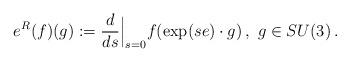
LaTeX: \begin{align*}e^R(f)(g) := \frac d{ds}{\Big |}_{s=0} f(\exp (se)\cdot g) \, , \,\, g \in SU(3) \, .\end{align*}